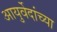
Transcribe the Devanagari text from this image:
आयुर्वेदांच्या